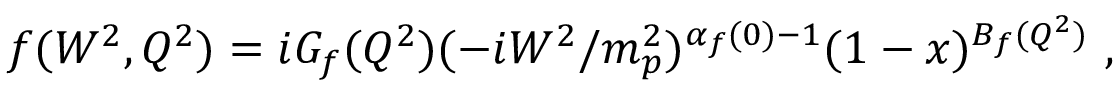
f ( W ^ { 2 } , Q ^ { 2 } ) = i G _ { f } ( Q ^ { 2 } ) ( - i W ^ { 2 } / m _ { p } ^ { 2 } ) ^ { \alpha _ { f } ( 0 ) - 1 } ( 1 - x ) ^ { B _ { f } ( Q ^ { 2 } ) } \ ,